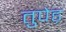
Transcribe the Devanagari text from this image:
तुपेड़